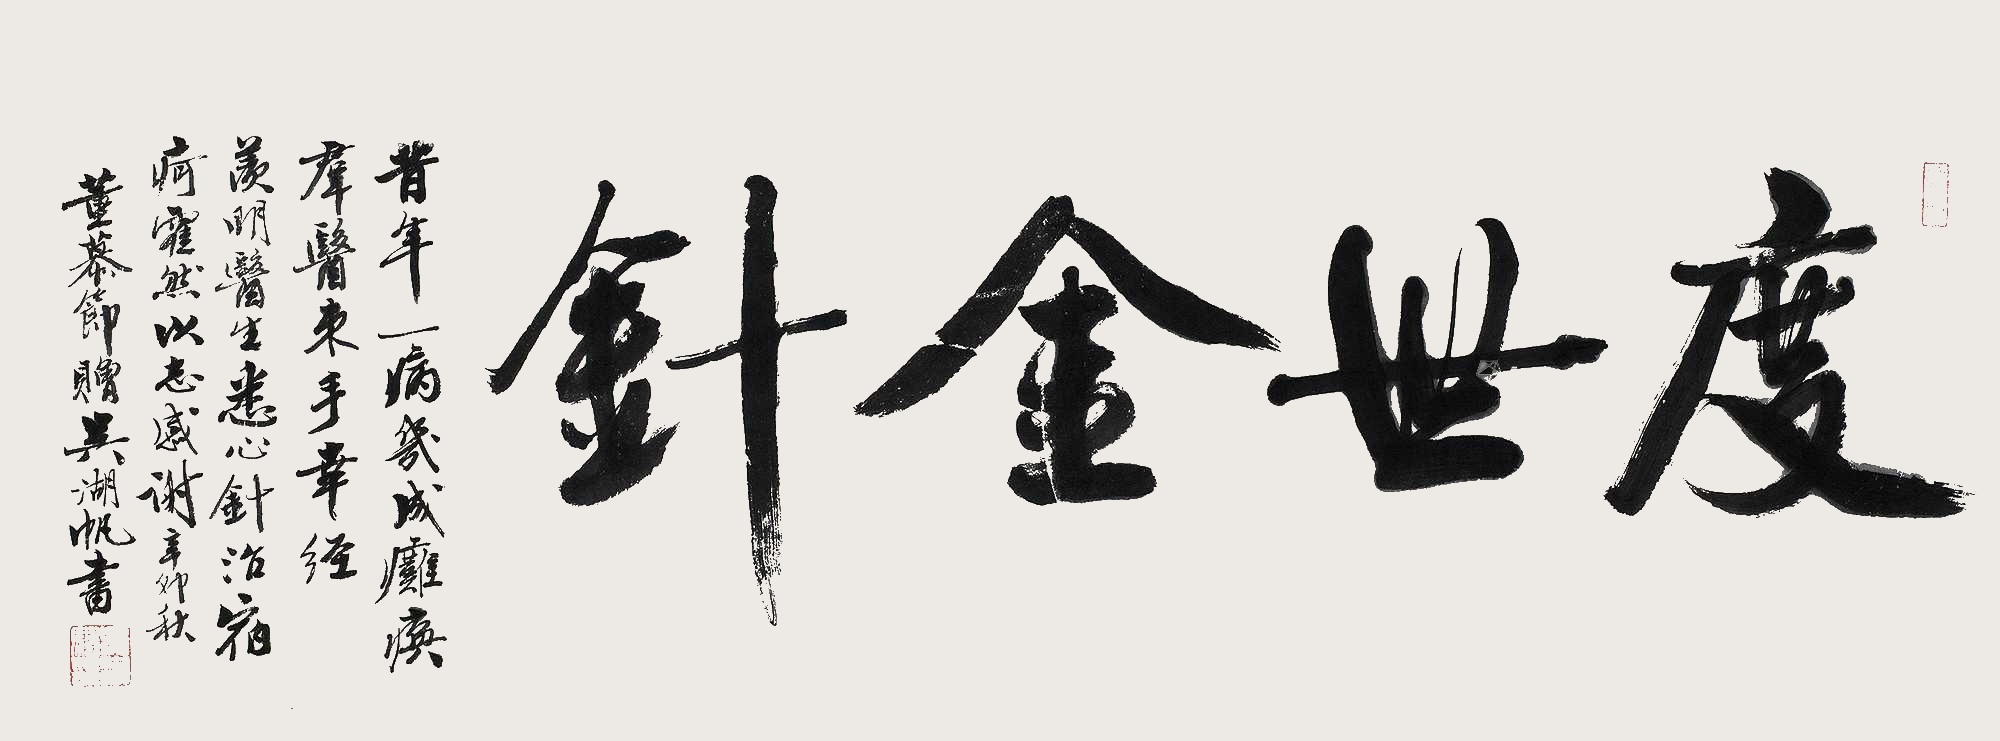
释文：度世金针。昔年一病几成瘫痪，群医束手，幸经羡明医生悉心针治，宿疴霍然，以志感谢，辛卯秋，董慕节赠，吴湖帆书。